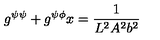
g ^ { \psi \psi } + g ^ { \psi \phi } x = \frac { 1 } { L ^ { 2 } A ^ { 2 } b ^ { 2 } }